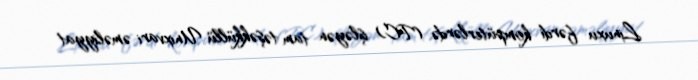
Linuxu fərdi kompüterlərdə (PC) işləyən tam təşəkküllü Unixvari əməliyyat